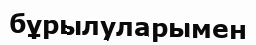
бұрылуларымен